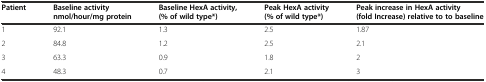
<table><thead><tr><td><b>Patient</b></td><td><b>Baseline activity nmol/hour/mg protein</b></td><td><b>Baseline HexA activity, (% of wild type*)</b></td><td><b>Peak HexA activity (% of wild type*)</b></td><td><b>Peak increase in HexA activity (fold Increase) relative to to baseline</b></td></tr></thead><tbody><tr><td>1</td><td>92.1</td><td>1.3</td><td>2.5</td><td>1.87</td></tr><tr><td>2</td><td>84.8</td><td>1.2</td><td>2.5</td><td>2.1</td></tr><tr><td>3</td><td>63.3</td><td>0.9</td><td>1.8</td><td>2</td></tr><tr><td>4</td><td>48.3</td><td>0.7</td><td>2.1</td><td>3</td></tr></tbody></table>